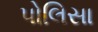
પોલિસા